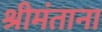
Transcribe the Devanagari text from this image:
श्रीमंताना